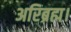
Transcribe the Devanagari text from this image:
अरिब्रह्म।